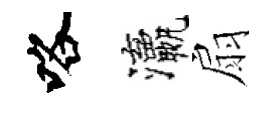
咯瀛扇